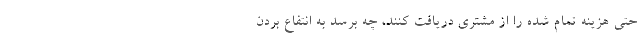
حتی هزینه تمام شده را از مشتری دریافت کنند، چه برسد به انتفاع بردن